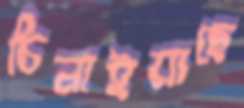
চিনাইয়াছে